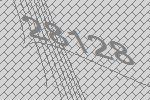
28128